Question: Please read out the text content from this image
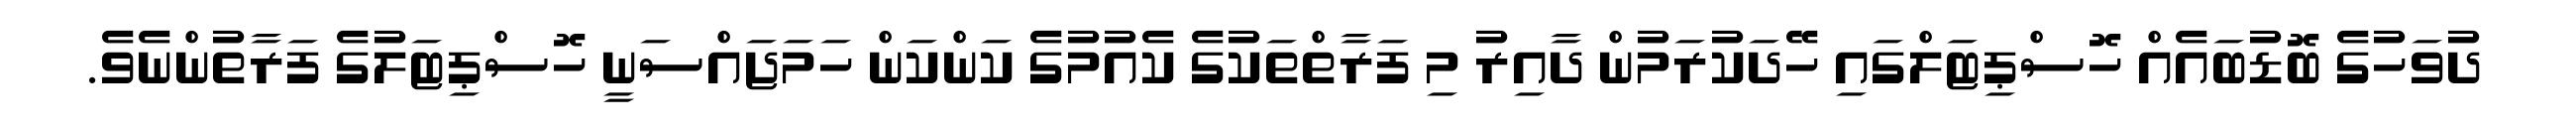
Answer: ދުވަހުގެ ބޮޑުބައެއް ހޮސްޕިޓަލްގައި ހޭދަކުރަމުން ދާއިރު މި ފަރާތްތަކުގެ ކެއުމުގެ ކަންކަން ހަމަޖައްސަނީ ހޮސްޕިޓަލުގެ ފަރާތުންނެވެ.